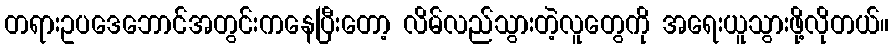
တရားဥပဒေဘောင်အတွင်းကနေပြီးတော့ လိမ်လည်သွားတဲ့လူတွေကို အရေးယူသွားဖို့လိုတယ်။